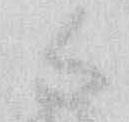
候